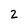
Character: 2